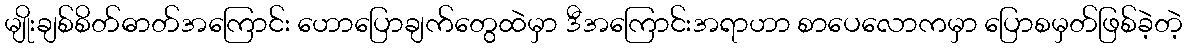
မျိုးချစ်စိတ်ဓာတ်အကြောင်း ဟောပြောချက်တွေထဲမှာ ဒီအကြောင်းအရာဟာ စာပေလောကမှာ ပြောစမှတ်ဖြစ်ခဲ့တဲ့